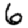
Digit: 6